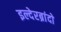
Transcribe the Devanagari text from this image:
इल्देरब्रांदो